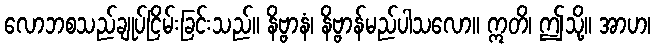
လောဘစသည်ချုပ်ငြိမ်းခြင်းသည်။ နိဗ္ဗာနံ၊ နိဗ္ဗာန်မည်ပါသလော။ ဣတိ၊ ဤသို့။ အာဟ၊